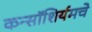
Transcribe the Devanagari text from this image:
कन्सॉशिर्यमचे